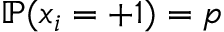
\mathbb { P } ( x _ { i } = + 1 ) = p